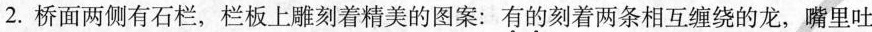
2.桥面两侧有石栏，栏板上雕刻着精美的图案：有的刻着两条相互缠绕的龙，嘴里吐